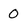
Character: 0